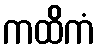
ကထိကံ